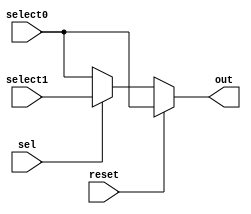
`timescale 1ns / 1ps

////////////////////////////////////////////////////////////////////////////////
// ECE369 - Computer Architecture
//Percentages
//Mason: 33%
//Alex: 33%
// Ali: 33%
// Module - Mux32Bit2To1.v
// Description - Performs signal multiplexing between 2 32-Bit words.
////////////////////////////////////////////////////////////////////////////////
module Mux32Bit2To1(
    output reg [31:0] out,
    input [31:0] select0,
    input [31:0] select1,
    input sel,
    input reset
    );
        
    always @(sel, reset, select0, select1) begin
        if (reset == 1) begin out <= select0; end
        else begin
            if(sel == 0)
                out <= select0;
            else
                out <= select1;
        end    
//        $display("i feel like its mux 1");
    end
endmodule



module Mux5Bit2To1(
    output reg [4:0] out,
    input [4:0] select0,
    input [4:0] select1,
    input sel
    );
    
    always @(sel, select0, select1) begin
//        $display("i feel like its mux 2");
        if(sel == 0)
            out <= select0;
        else
            out <= select1;
    end
endmodule


module Mux32Bit3To1(
    input [1:0] sel,
    input reset,
    input [31:0] select0,
    input [31:0] select1,
    input [31:0] select2,
    output reg [31:0] out
    );
    
    always @(sel, reset, select0, select1, select2) begin
//            $display("i feel like its mux 4");

        if (reset == 1) begin out <= select0; end
        else begin
            if(sel == 2'd0) begin
                out <= select0;
                end
            else if (sel == 2'd1) begin
                out <= select1;
                end
            else if (sel == 2'd2) begin
                out <= select2;
                end
                
            else begin out <= select0; end
        end
    end
endmodule